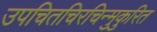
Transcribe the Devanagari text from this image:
उपचितचिरचिन्मुकुरित